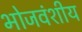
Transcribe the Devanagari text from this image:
भोजवंशीय